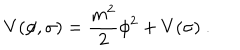
LaTeX: V ( \phi , \sigma ) = { \frac { m ^ { 2 } } { 2 } } \phi ^ { 2 } + V ( \sigma ) \ .